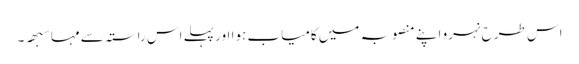
اس طرح نہرو اپنے منصوبہ میں کامیاب ہوا اور پہلے اس راستہ سے مہاسبھہ ۔